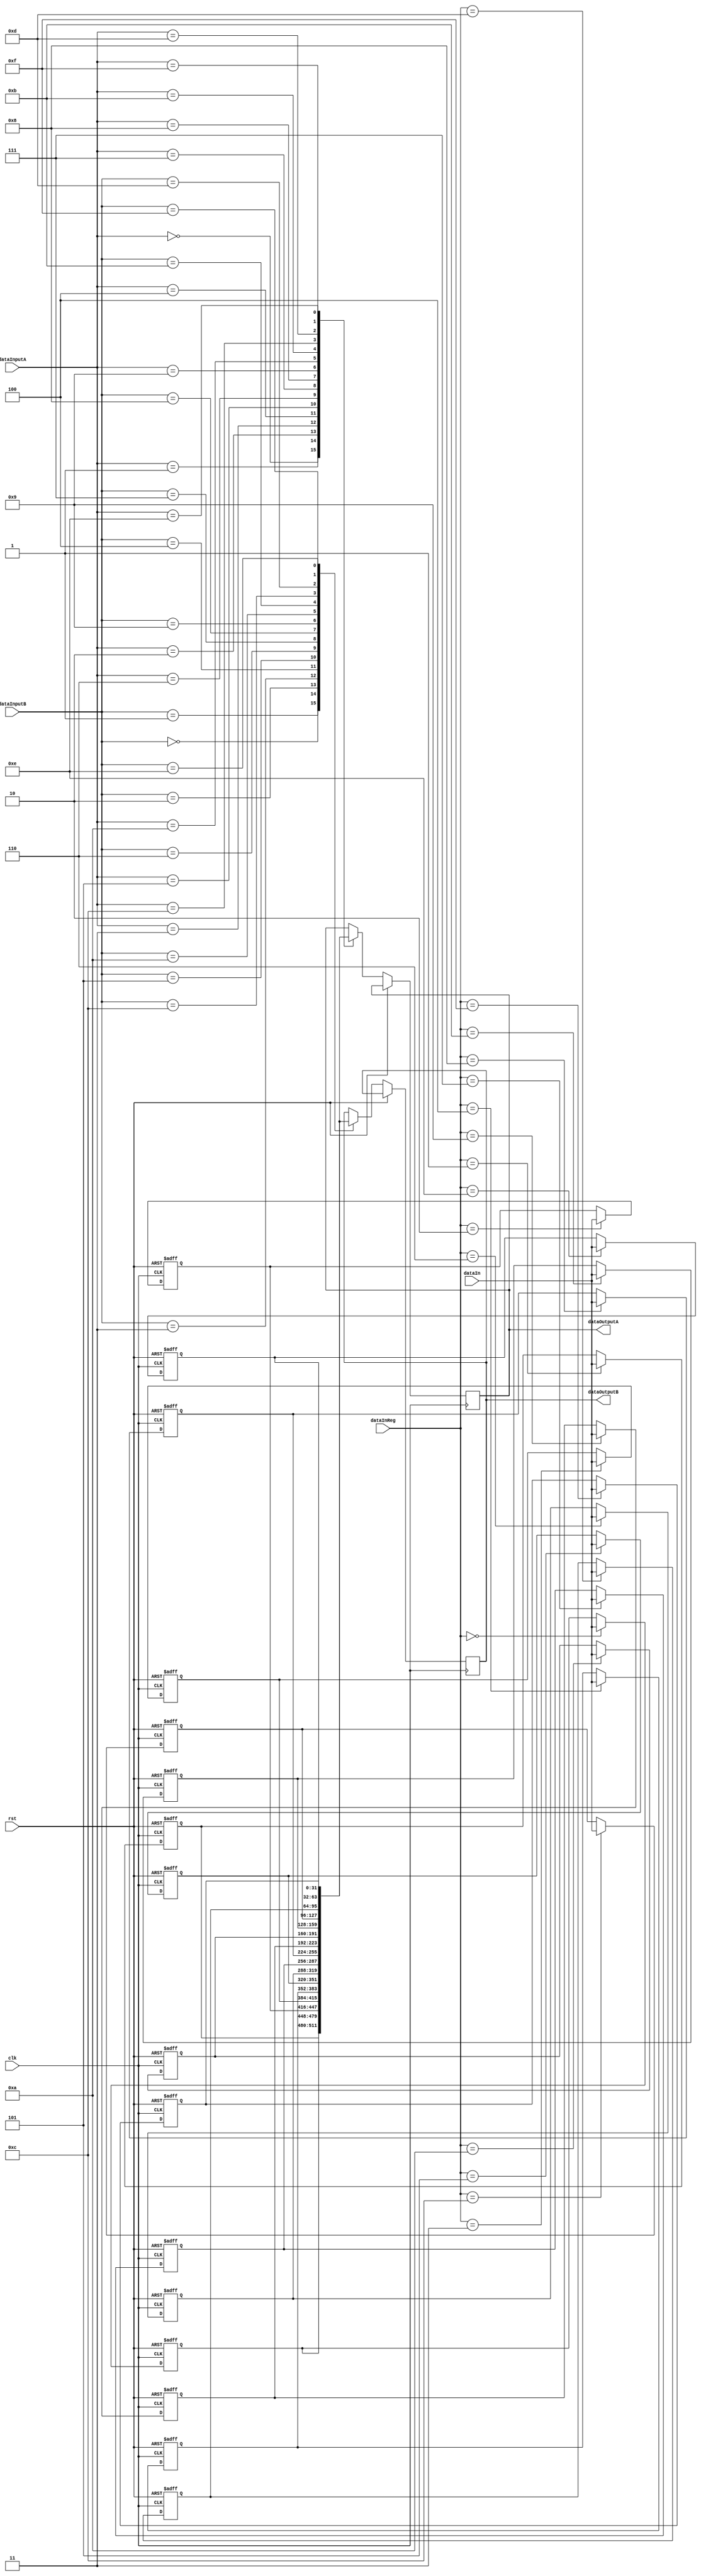
module registerfile(clk, rst, dataInReg, dataIn, dataInputA, dataInputB, dataOutputA, dataOutputB);
	
	input clk, rst;
	input[4:0] dataInReg;	
	input[31:0] dataIn;		
	input[4:0]dataInputA, dataInputB;
	output reg[31:0] dataOutputA, dataOutputB;
	
	reg[31:0] s0, s1, s2, s3, s4, s5, s6, s7; // saved registers
	reg[31:0] t0, t1, t2, t3, t4, t5, t6, t7; // temporary registers
	
	initial begin
		s0 <= 0;
		s1 <= 0;
		s2 <= 0;
		s3 <= 0;
		s4 <= 0;
		s5 <= 0;
		s6 <= 0;
		s7 <= 0;
		t0 <= 0;
		t1 <= 0;
		t2 <= 0;
		t3 <= 0;
		t4 <= 0;
		t5 <= 0;
		t6 <= 0;
		t7 <= 0;
	end
	
	always @ (posedge clk, posedge rst)
	begin
		if(rst)
			begin
			s0 <= 0;
			s1 <= 0;
			s2 <= 0;
			s3 <= 0;
			s4 <= 0;
			s5 <= 0;
			s6 <= 0;
			s7 <= 0;
			t0 <= 0;
			t1 <= 0;
			t2 <= 0;
			t3 <= 0;
			t4 <= 0;
			t5 <= 0;
			t6 <= 0;
			t7 <= 0;
			end
		else
		begin
			case(dataInReg)
				0:s0 <= dataIn;
				1:s1 <= dataIn;
				2:s2 <= dataIn;
				3:s3 <= dataIn;
				4:s4 <= dataIn;
				5:s5 <= dataIn;
				6:s6 <= dataIn;
				7:s7 <= dataIn;
				8:t0 <= dataIn;
				9:t1 <= dataIn;
				10:t2 <= dataIn;
				11:t3 <= dataIn;
				12:t4 <= dataIn;
				13:t5 <= dataIn;
				14:t6 <= dataIn;
				15:t7 <= dataIn;
			endcase
			case(dataInputA)
				0:dataOutputA <= s0;
				1:dataOutputA <= s1;
				2:dataOutputA <= s2;
				3:dataOutputA <= s3;
				4:dataOutputA <= s4;
				5:dataOutputA <= s5;
				6:dataOutputA <= s6;
				7:dataOutputA <= s7;
				8:dataOutputA <= t0;
				9:dataOutputA <= t1;
				10:dataOutputA <= t2;
				11:dataOutputA <= t3;
				12:dataOutputA <= t4;
				13:dataOutputA <= t5;
				14:dataOutputA <= t6;
				15:dataOutputA <= t7;
			endcase
			case(dataInputB)
				0:dataOutputB <= s0;
				1:dataOutputB <= s1;
				2:dataOutputB <= s2;
				3:dataOutputB <= s3;
				4:dataOutputB <= s4;
				5:dataOutputB <= s5;
				6:dataOutputB <= s6;
				7:dataOutputB <= s7;
				8:dataOutputB <= t0;
				9:dataOutputB <= t1;
				10:dataOutputB <= t2;
				11:dataOutputB <= t3;
				12:dataOutputB <= t4;
				13:dataOutputB <= t5;
				14:dataOutputB <= t6;
				15:dataOutputB <= t7;
			endcase	
		end
	end
	
	
endmodule